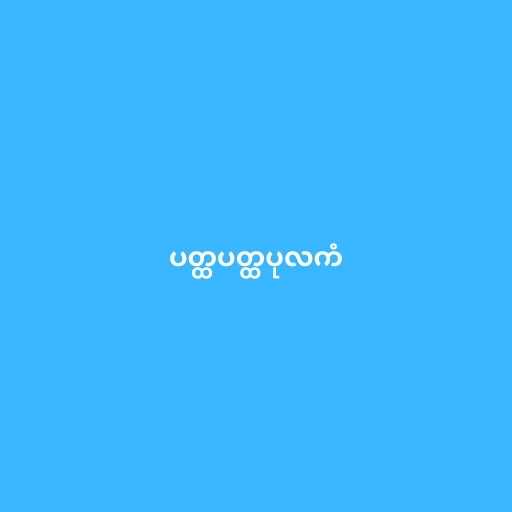
ပတ္ထပတ္ထပုလကံ